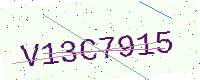
Text: V13C7915